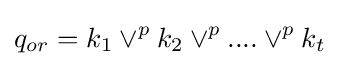
q_{or}=k_{1}\lor ^{p}k_{2}\lor ^{p}....\lor ^{p}k_{t}